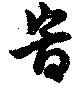
時